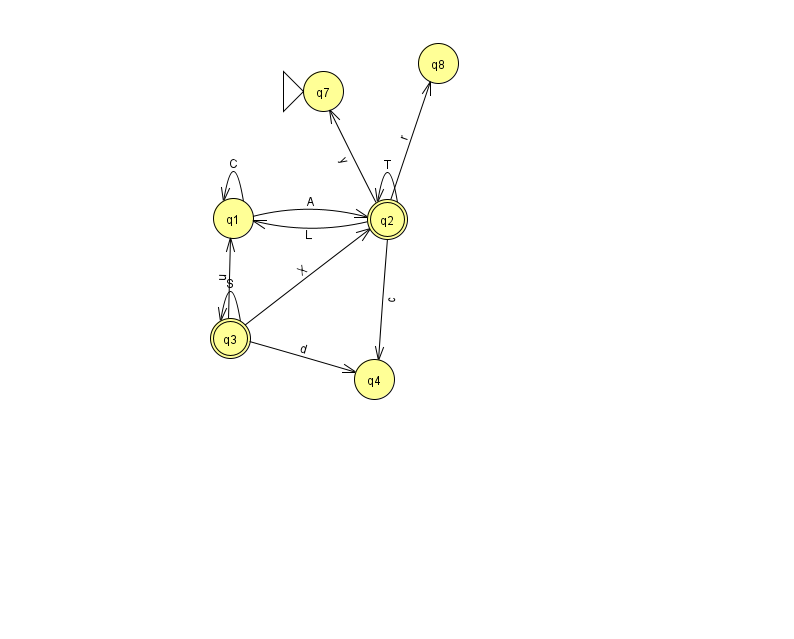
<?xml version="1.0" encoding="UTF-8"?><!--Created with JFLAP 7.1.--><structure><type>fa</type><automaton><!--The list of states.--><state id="1" name="q1"><x>233.0</x><y>205.0</y></state><state id="2" name="q2"><x>387.0</x><y>206.0</y><final/></state><state id="3" name="q3"><x>230.0</x><y>325.0</y><final/></state><state id="4" name="q4"><x>374.0</x><y>366.0</y></state><state id="7" name="q7"><x>323.0</x><y>78.0</y><initial/></state><state id="8" name="q8"><x>438.0</x><y>50.0</y></state><!--The list of transitions.--><transition><from>2</from><to>1</to><read>L</read></transition><transition><from>2</from><to>7</to><read>y</read></transition><transition><from>1</from><to>1</to><read>C</read></transition><transition><from>2</from><to>8</to><read>r</read></transition><transition><from>3</from><to>3</to><read>S</read></transition><transition><from>2</from><to>2</to><read>T</read></transition><transition><from>1</from><to>2</to><read>A</read></transition><transition><from>2</from><to>4</to><read>c</read></transition><transition><from>3</from><to>4</to><read>d</read></transition><transition><from>3</from><to>1</to><read>u</read></transition><transition><from>3</from><to>2</to><read>X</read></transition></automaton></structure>